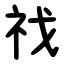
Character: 䄀